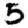
Digit: 5